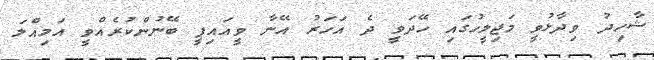
ޝާހިދު ވިދާޅުވީ މަޖިލީހުގައި ހޭދަވީ ދެ އަހަރު އޭނާ ވީއައިޕީ ބޭނުންކުރެއްވީ އަމިއްލަ